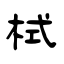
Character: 栻